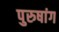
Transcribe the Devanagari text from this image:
पुरुषांग